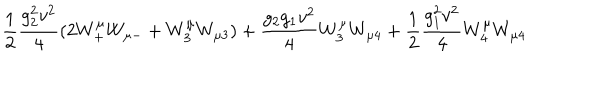
\frac 1 2 { \frac { g _ { 2 } ^ { 2 } v ^ { 2 } } { 4 } } ( 2 W _ { + } ^ { \mu } W _ { \mu - } + W _ { 3 } ^ { \mu } W _ { \mu 3 } ) + { \frac { g _ { 2 } g _ { 1 } v ^ { 2 } } { 4 } } W _ { 3 } ^ { \mu } W _ { \mu 4 } + \frac 1 2 { \frac { g _ { 1 } ^ { 2 } v ^ { 2 } } { 4 } } W _ { 4 } ^ { \mu } W _ { \mu 4 }